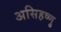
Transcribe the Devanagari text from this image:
असिहष्णु